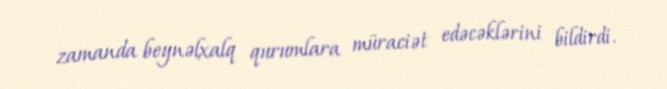
zamanda beynəlxalq qurumlara müraciət edəcəklərini bildirdi.